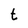
Character: t